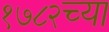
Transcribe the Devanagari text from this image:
१७८२च्या